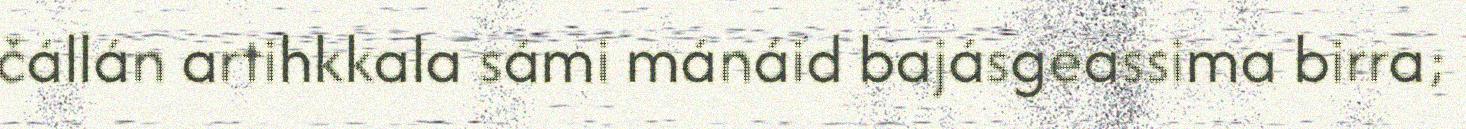
čállán artihkkala sámi mánáid bajásgeassima birra;